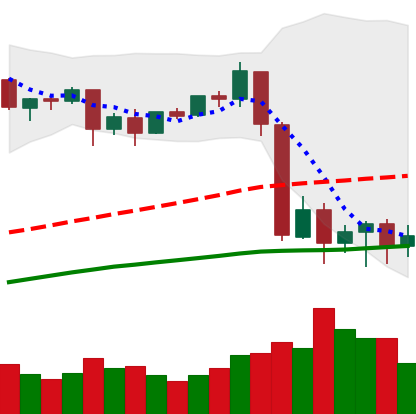
Ticker: BTC-USD
Chart end date: 2020-09-09
Forward return: 4.281%
Label: up_3_5